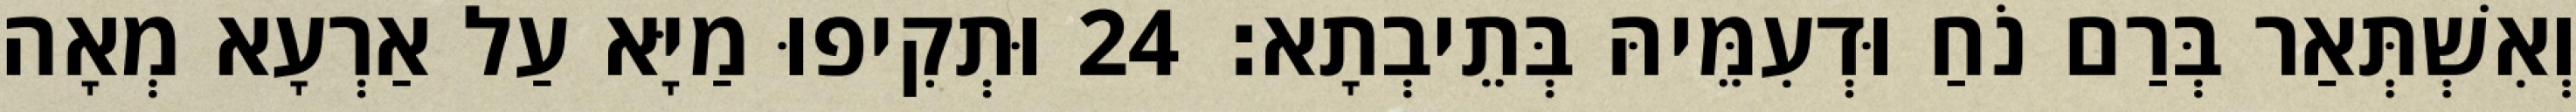
וְאִשְׁתְּאַר בְּרַם נֹחַ וּדְעִמֵּיהּ בְּתֵיבְתָא׃ 24 וּתְקִיפוּ מַיָּא עַל אַרְעָא מְאָה